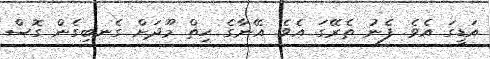
އަޑީގަ އެވެ. ފެނު ތެރޭގަ އެވެ. އޭނާގެ ހިތް މޫދަށް ގެނބިގެން ގޮސް